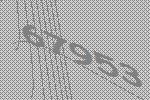
67953